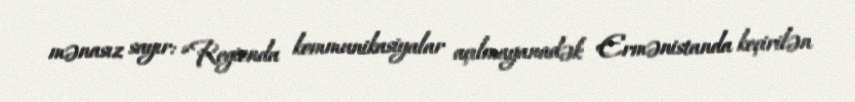
mənasız sayır: “Regionda kommunikasiyalar açılmayanadək Ermənistanda keçirilən